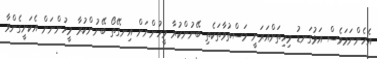
އެހެންނަމަވެސް އަޅުގަނޑު މިހިތަށްއަރަނީ މަސްތުވާތަކެތި ބޭނުންކުރާ މީހުންނަށް އިނގޭތޯ ބޭނުންކުރާ މީހުންނަށް އެކަށީގެންވާ